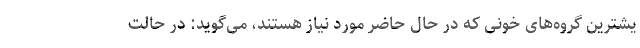
یشترین گروه‌های خونی که در حال حاضر مورد نیاز هستند، می‌گوید: در حالت